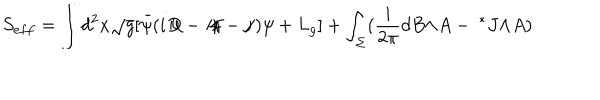
S _ { e f f } = \int d ^ { 2 } x \sqrt { g } [ { \bar { \psi } } ( i { D \! \! \! / } - { A \! \! / } - { j \! \! / } ) \psi + L _ { g } ] + \int _ { \Sigma } ( \frac { i } { 2 \pi } d B { \wedge } A - { \ ^ { * } J } { \wedge } A )